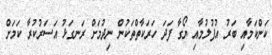
ކަންކަމާއި ބަރު އުފުލުމާއި ޔޯގާ ފަދަ ހަރަކާތްތަކުން ނިދުމަށް ރަނގަޅު އަސަރުކުރާ ކަމަށް